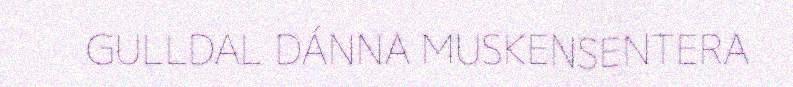
GULLDAL DÁNNA MUSKENSENTERA